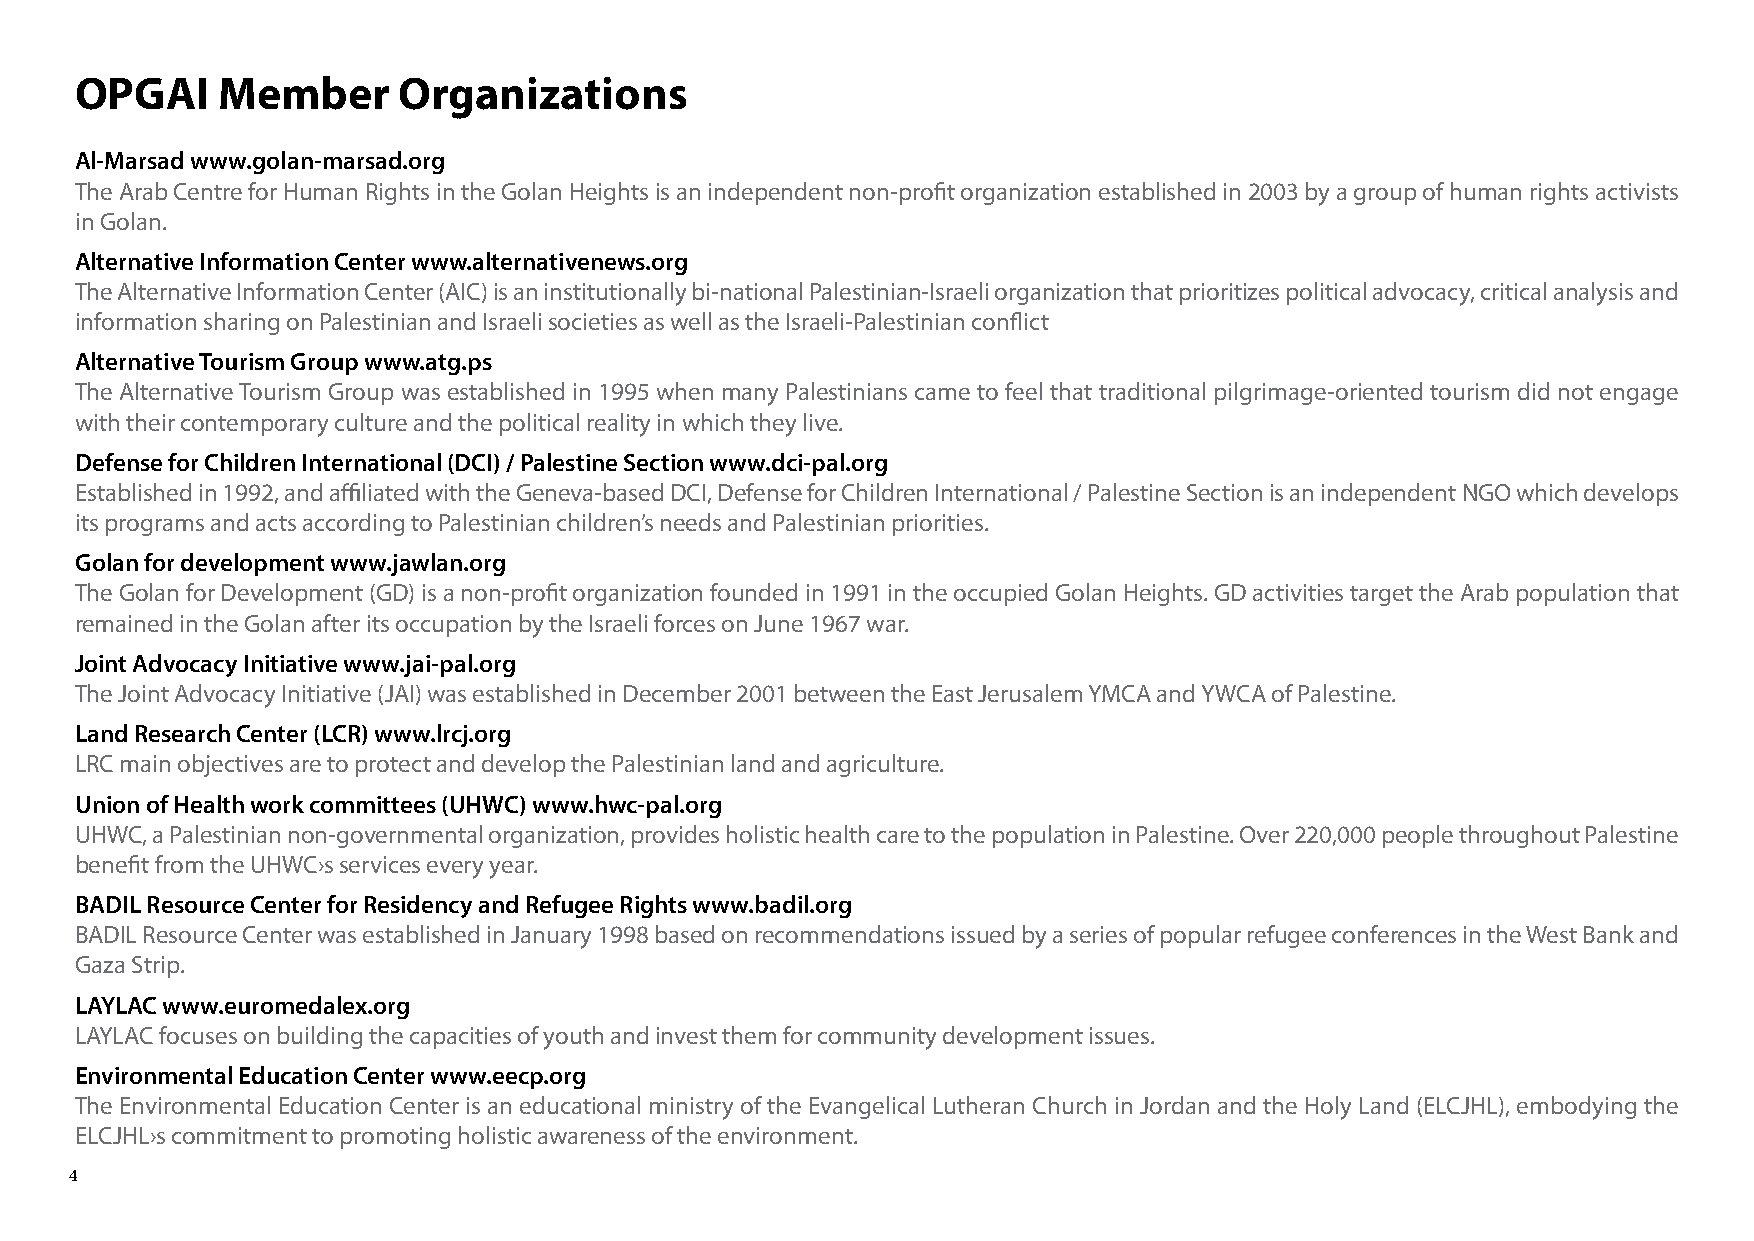
OPGAI    Member      Organizations
 Al-Marsad www.golan-marsad.org
 The Arab Centre for Human Rights in the Golan Heights is an independent non-profit organization established in 2003 by a group of human rights activists
 in Golan.
 Alternative Information Center www.alternativenews.org
 The Alternative Information Center (AIC) is an institutionally bi-national Palestinian-Israeli organization that prioritizes political advocacy, critical analysis and
 information sharing on Palestinian and Israeli societies as well as the Israeli-Palestinian conflict
 Alternative Tourism Group www.atg.ps
 The Alternative Tourism Group was established in 1995 when many Palestinians came to feel that traditional pilgrimage-oriented tourism did not engage
 with their contemporary culture and the political reality in which they live.
 Defense for Children International (DCI) / Palestine Section www.dci-pal.org
 Established in 1992, and affiliated with the Geneva-based DCI, Defense for Children International / Palestine Section is an independent NGO which develops
 its programs and acts according to Palestinian children’s needs and Palestinian priorities.
 Golan for development www.jawlan.org
 The Golan for Development (GD) is a non-profit organization founded in 1991 in the occupied Golan Heights. GD activities target the Arab population that
 remained in the Golan after its occupation by the Israeli forces on June 1967 war.
 Joint Advocacy Initiative www.jai-pal.org
 The Joint Advocacy Initiative (JAI) was established in December 2001 between the East Jerusalem YMCA and YWCA of Palestine.
 Land Research Center (LCR) www.lrcj.org
 LRC main objectives are to protect and develop the Palestinian land and agriculture.
 Union of Health work committees (UHWC) www.hwc-pal.org
 UHWC, a Palestinian non-governmental organization, provides holistic health care to the population in Palestine. Over 220,000 people throughout Palestine
 benefit from the UHWC›s services every year.
 BADIL Resource Center for Residency and Refugee Rights www.badil.org
 BADIL Resource Center was established in January 1998 based on recommendations issued by a series of popular refugee conferences in the West Bank and
 Gaza Strip.
 LAYLAC www.euromedalex.org
 LAYLAC focuses on building the capacities of youth and invest them for community development issues.
 Environmental Education Center www.eecp.org
 The Environmental Education Center is an educational ministry of the Evangelical Lutheran Church in Jordan and the Holy Land (ELCJHL), embodying the
 ELCJHL›s commitment to promoting holistic awareness of the environment.
 4